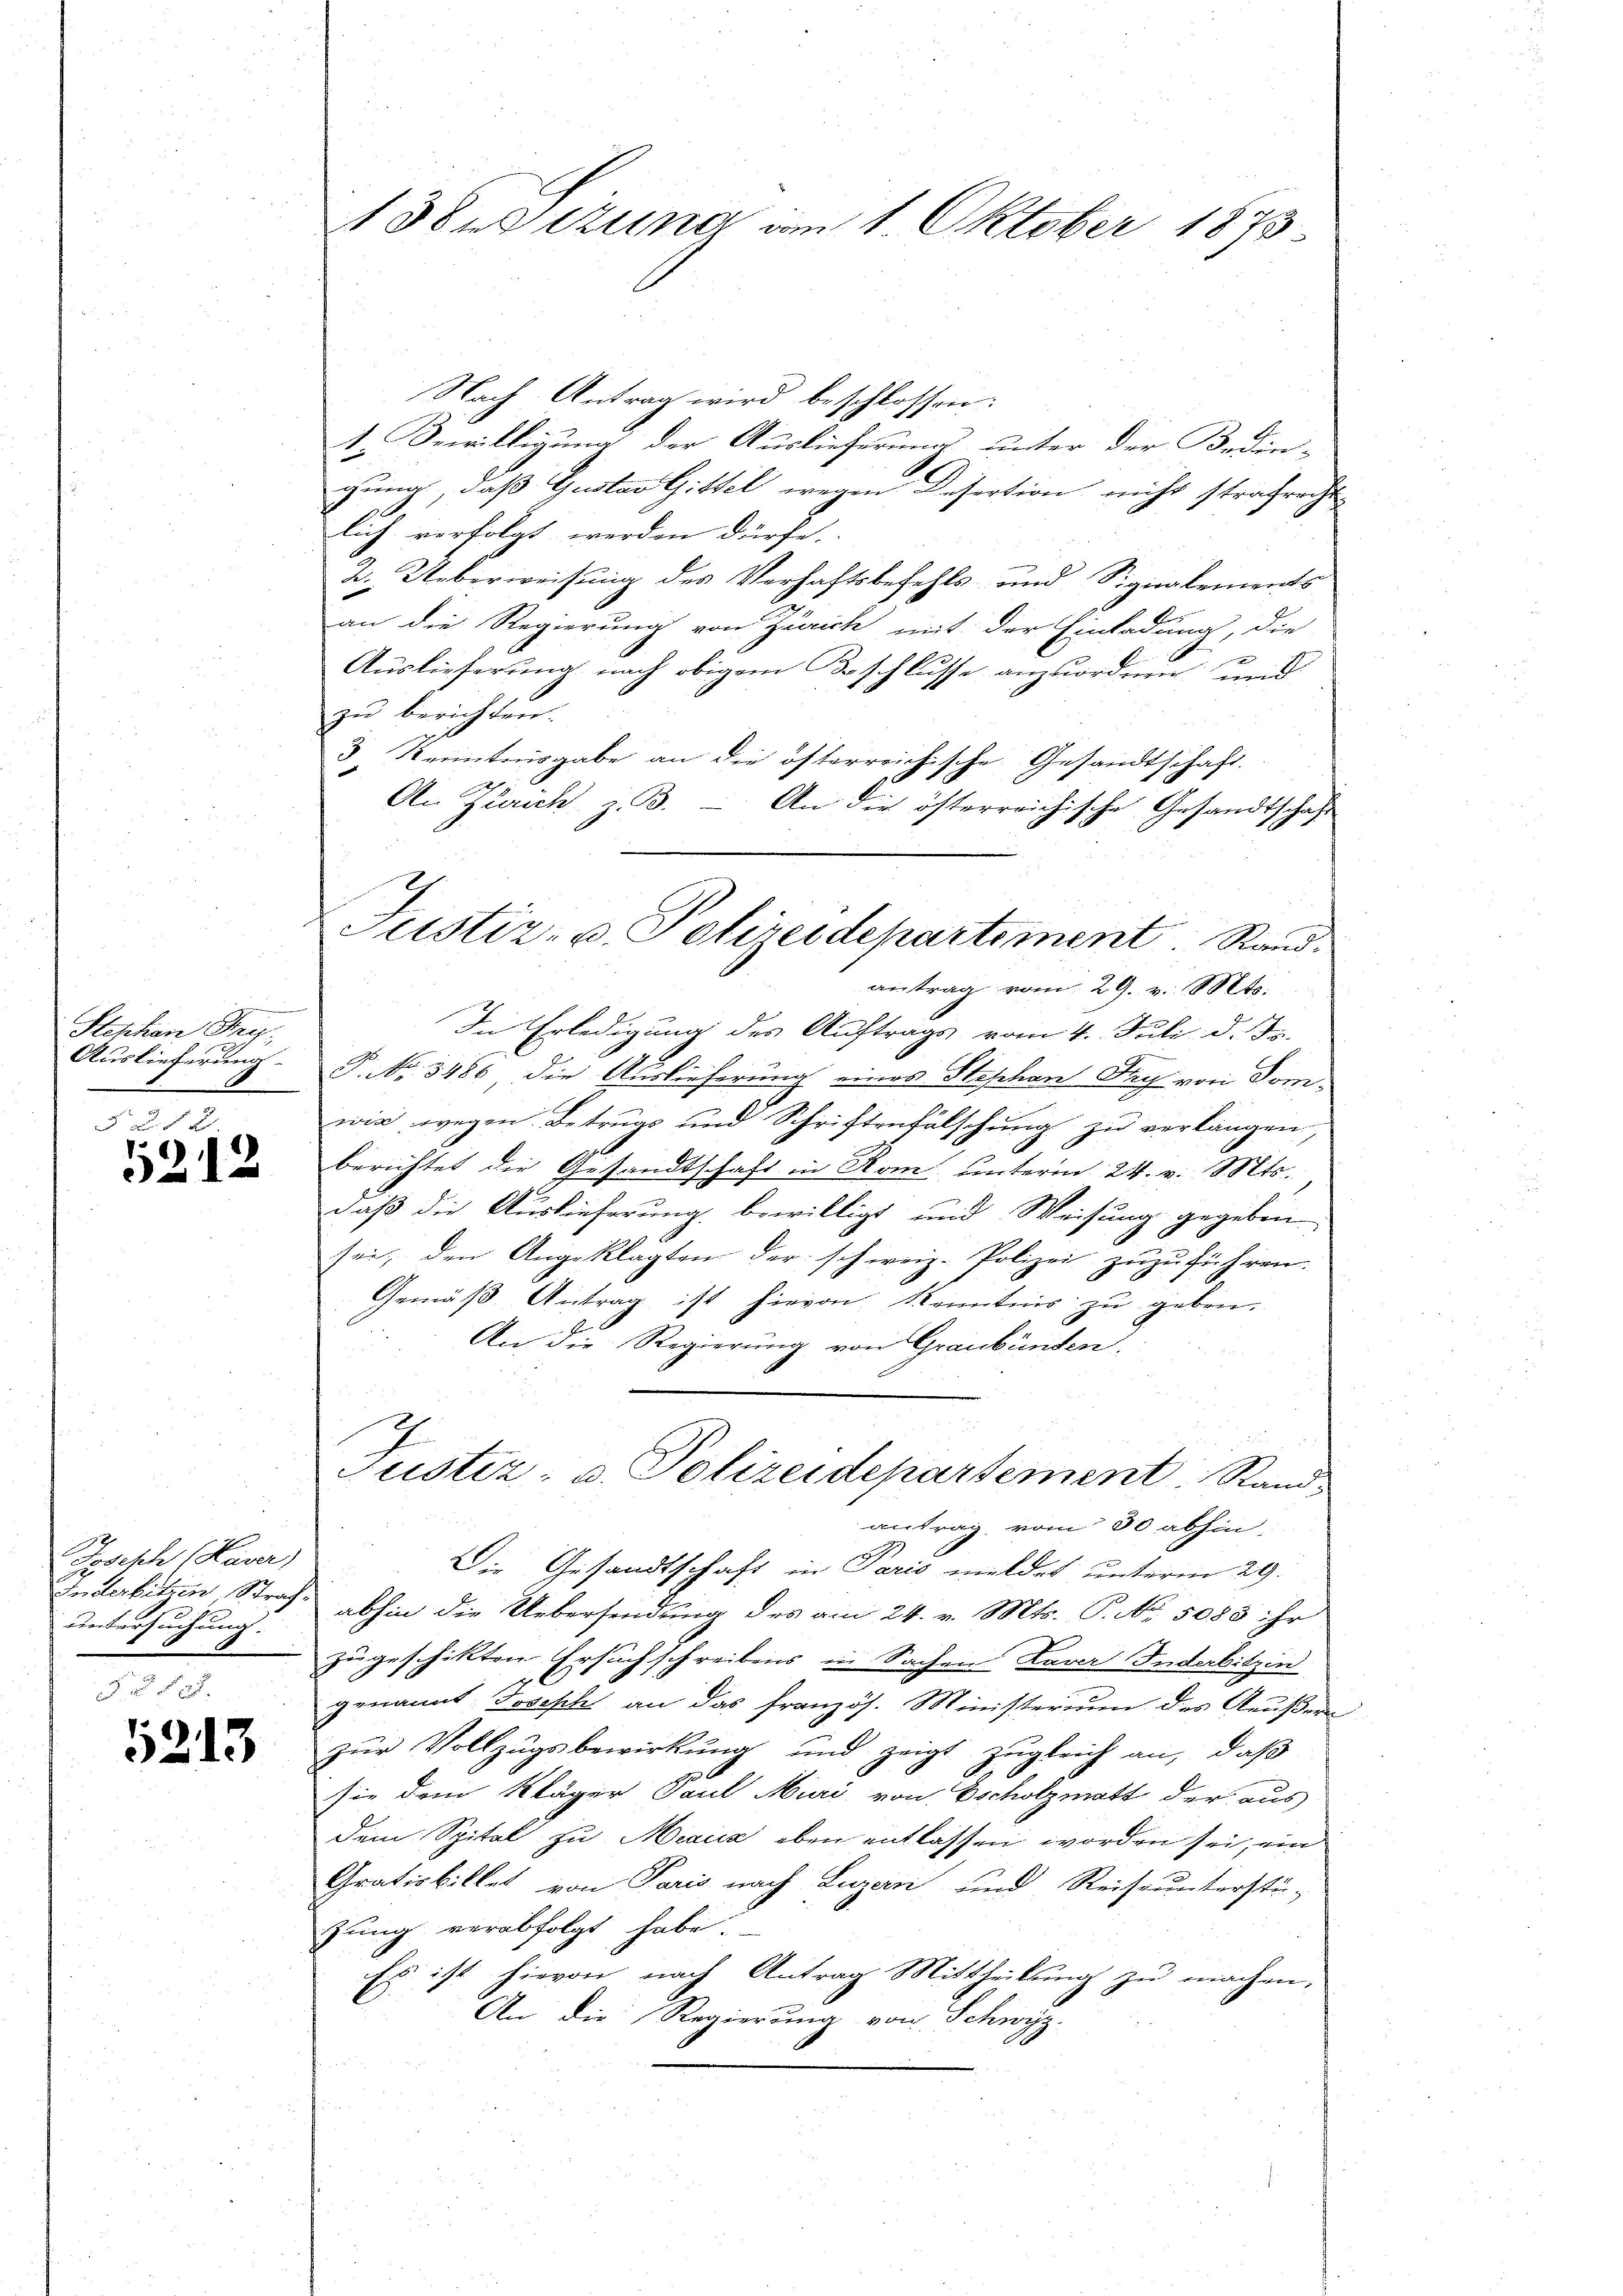
Stephan Frey¬
Auslieferung

25 x
)
12

Joseph (Haver
Inderbitzen Strafuntersuchung.

5213

1 Besizung am 1. Oktober 1873

Nach Antrag wird beschlossen:
1. Bewilligung der Auslieferung unter der Bedin-
gung, daß Gustav Gittel wegen Desertion nicht strafrecht
lich verfolgt werden dürfe.
2. Ueberweisung des Verhaftsbefehls und Signalements
an die Regierung von Zürich mit der Einladung, die
Auslieferung nach obigem Beschlusse anzuordnen und
zu berichten.
3 Kenntnisgabe an die österreichische Gesandtschaft.
An Zürich, z. B.
An die österreichische Gesandtschaft
Die Erledigung des Auftrags vom 4. Juli d. Js.
P. Nr. 3186 die Auslieferung eines Stephan Fach von Dom-
wie wegen Betrugs und Schriftenfälschung zu verlangen,
berichtet die Gesandtschaft in Rom unterm 24. v. Mts.
daß die Auslieferung bewilligt und Weisung gegeben
sei, den Angeklagten der schweiz. Polizei zuzuführen.
Gemäß Antrag ist hievon Kenntnis zu geben.
An die Regierung von Graubünden.
2
Justiz- u. Polizeidepartement. Stand
antrag, vom 30 abhin,
Die Gesandtschaft in Paris meldet unterm 29.
abhin die Uebersendung des am 24. v. Mts. P. No. 5083 ihr
zugeschikten Ersuchschreibens in Sachen Laver Inderbitzin
genannt Joseph an das französ. Ministerium des Aeußern
zur Vollzugsbewirkung und zeigt zugleich an, daß
sie dem Kläger Paul Muri von Escholzmatt der aus
dem Spital zu Meaux eben entlassen worden sei, ein
Gratisbillet von Paris nach Luzern und Reisrunterstü-
zung verabfolgt habe.
Es ist hievon nach Antrag Mittheilung zu machen,
An die Regierung von Schwyz-

Justiz- u. Polizeidepartement. Stand.

antrag vom 29. v. Mts.